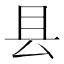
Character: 县